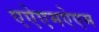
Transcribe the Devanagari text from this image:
एऐएमऐएम